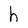
Character: h